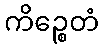
ကိဉ္စေတံ